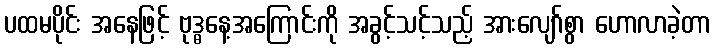
ပထမပိုင်း အနေဖြင့် ဗုဒ္ဓနေ့အကြောင်းကို အခွင့်သင့်သည့် အားလျော်စွာ ဟောလာခဲ့တာ